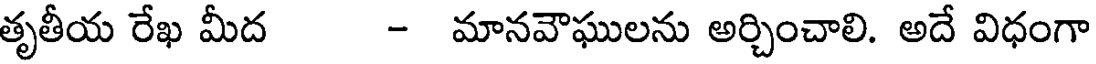
తృతీయ రేఖ మీద - మానవౌఘులను అర్చించాలి. అదే విధంగా